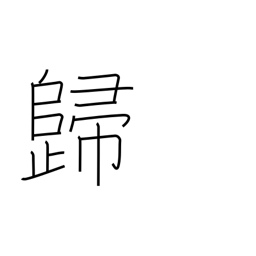
Meaning: result in